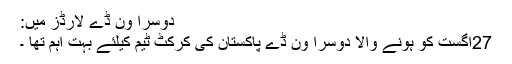
دوسرا وَن ڈے لارڈز میں:
27ِاگست کو ہونے والا دوسرا وَن ڈے پاکستان کی کرکٹ ٹیم کیلئے بہت اہم تھا ۔